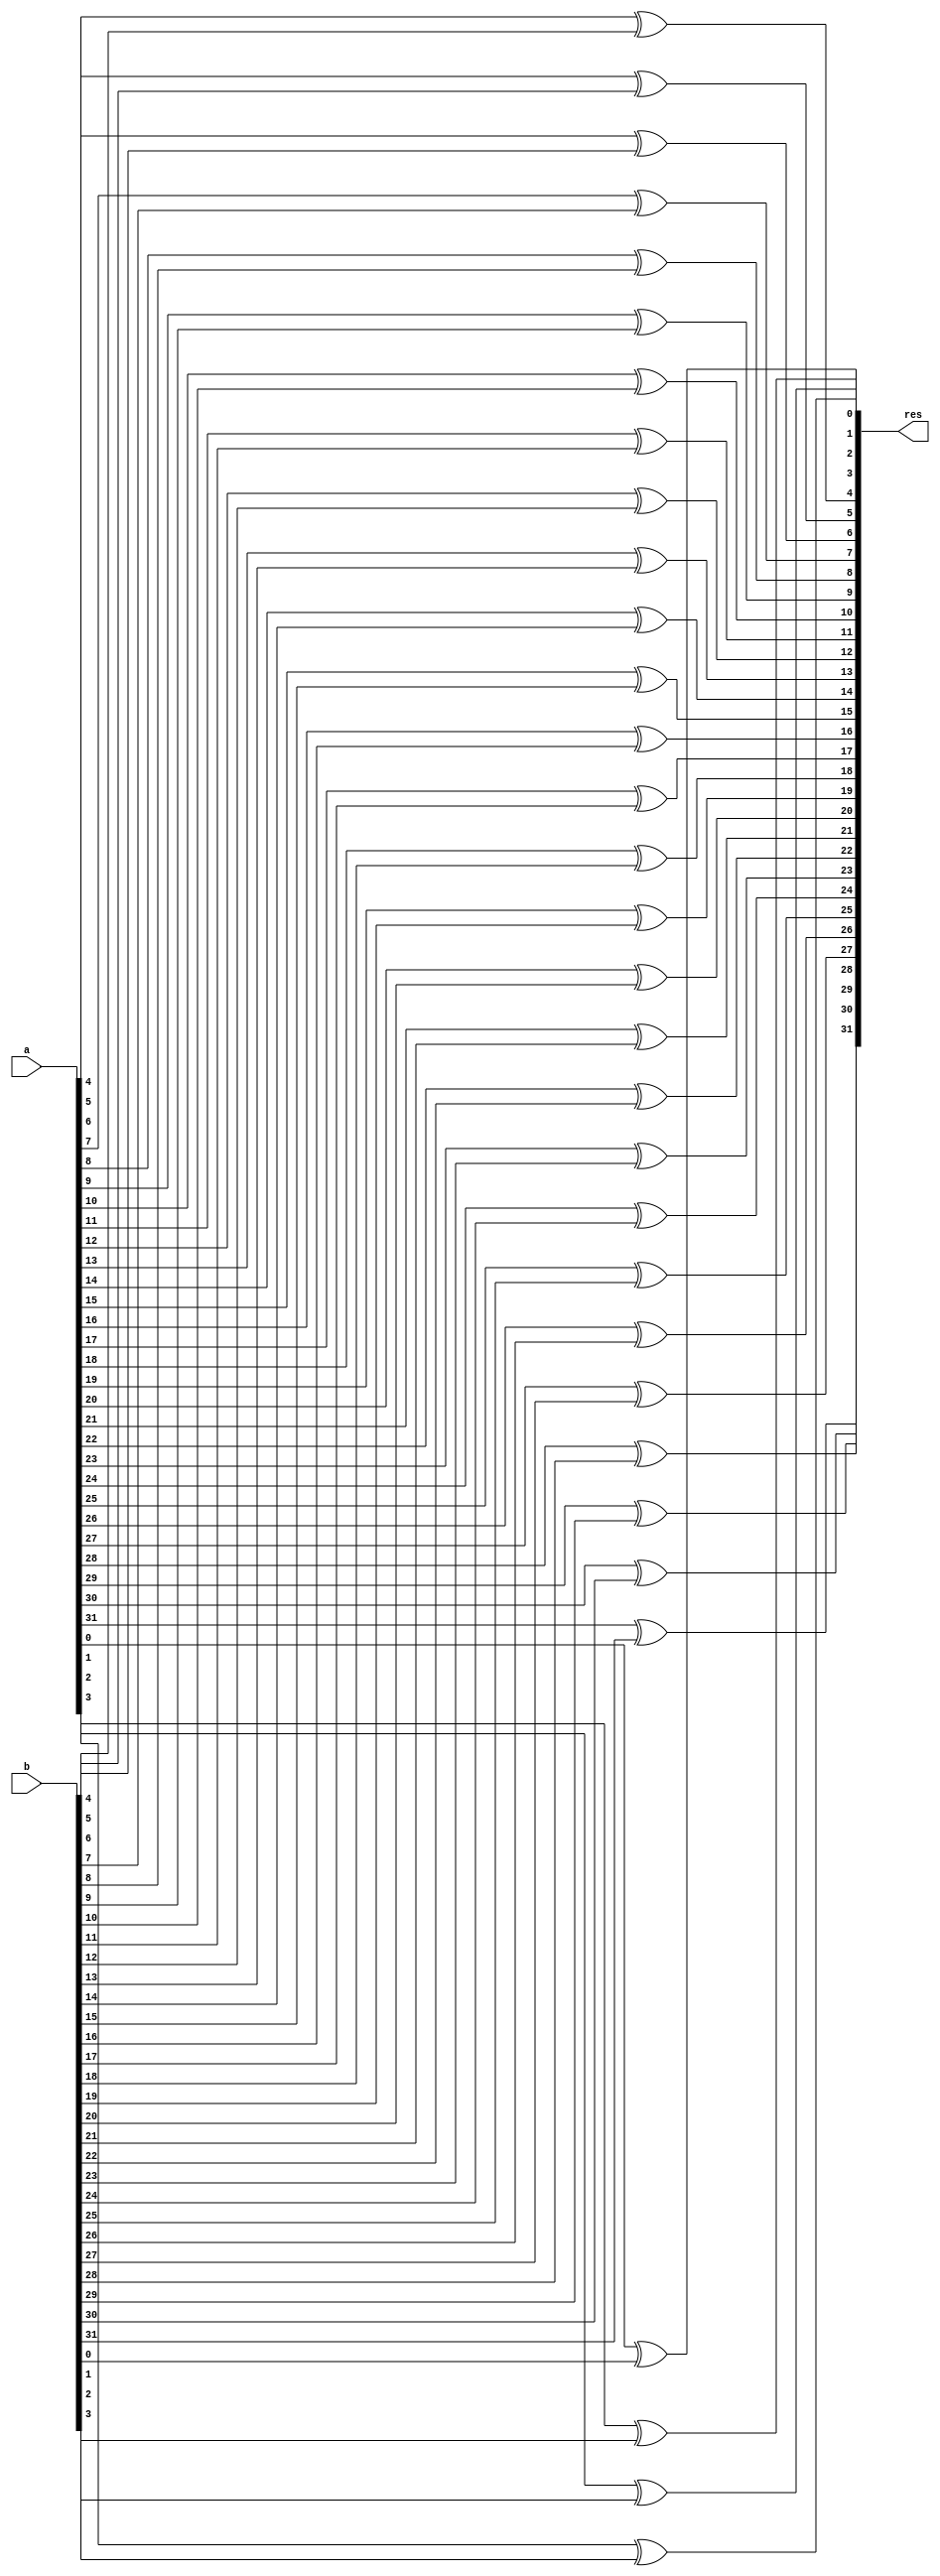
module xor_32b(
    output [31:0] res,
    input [31:0] a,
    input [31:0] b
);
    xor u0 (res[0], a[0], b[0]);
    xor u1 (res[1], a[1], b[1]);
    xor u2 (res[2], a[2], b[2]);
    xor u3 (res[3], a[3], b[3]);
    xor u4 (res[4], a[4], b[4]);
    xor u5 (res[5], a[5], b[5]);
    xor u6 (res[6], a[6], b[6]);
    xor u7 (res[7], a[7], b[7]);
    xor u8 (res[8], a[8], b[8]);
    xor u9 (res[9], a[9], b[9]);
    xor u10 (res[10], a[10], b[10]);
    xor u11 (res[11], a[11], b[11]);
    xor u12 (res[12], a[12], b[12]);
    xor u13 (res[13], a[13], b[13]);
    xor u14 (res[14], a[14], b[14]);
    xor u15 (res[15], a[15], b[15]);
    xor u16 (res[16], a[16], b[16]);
    xor u17 (res[17], a[17], b[17]);
    xor u18 (res[18], a[18], b[18]);
    xor u19 (res[19], a[19], b[19]);
    xor u20 (res[20], a[20], b[20]);
    xor u21 (res[21], a[21], b[21]);
    xor u22 (res[22], a[22], b[22]);
    xor u23 (res[23], a[23], b[23]);
    xor u24 (res[24], a[24], b[24]);
    xor u25 (res[25], a[25], b[25]);
    xor u26 (res[26], a[26], b[26]);
    xor u27 (res[27], a[27], b[27]);
    xor u28 (res[28], a[28], b[28]);
    xor u29 (res[29], a[29], b[29]);
    xor u30 (res[30], a[30], b[30]);
    xor u31 (res[31], a[31], b[31]);
endmodule